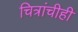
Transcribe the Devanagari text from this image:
चित्रांचीही